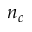
n _ { c }